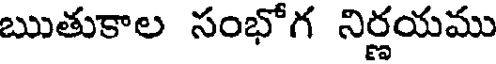
ఋతుకాల సంభోగ నిర్ణయము